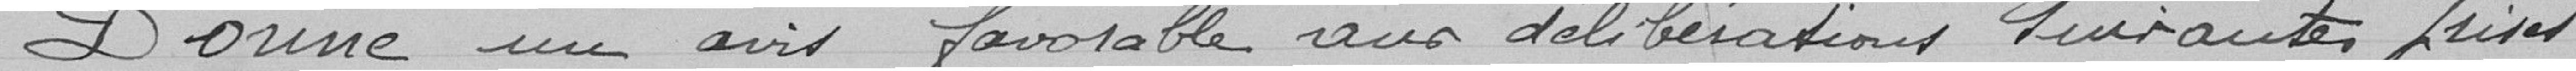
Donne un avis favorable aux délibérations suivantes prises